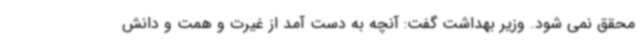
محقق نمی شود. وزیر بهداشت گفت: آنچه به دست آمد از غیرت و همت و دانش